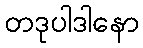
တဒုပါဒါနော